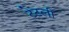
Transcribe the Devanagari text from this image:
टेटली